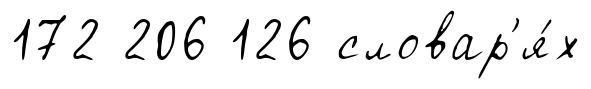
172 206 126 словар'я́х